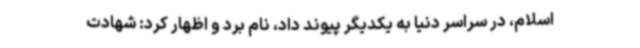
اسلام، در سراسر دنیا به یکدیگر پیوند داد، نام برد و اظهار کرد: شهادت